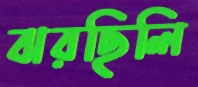
ঝরছিলি